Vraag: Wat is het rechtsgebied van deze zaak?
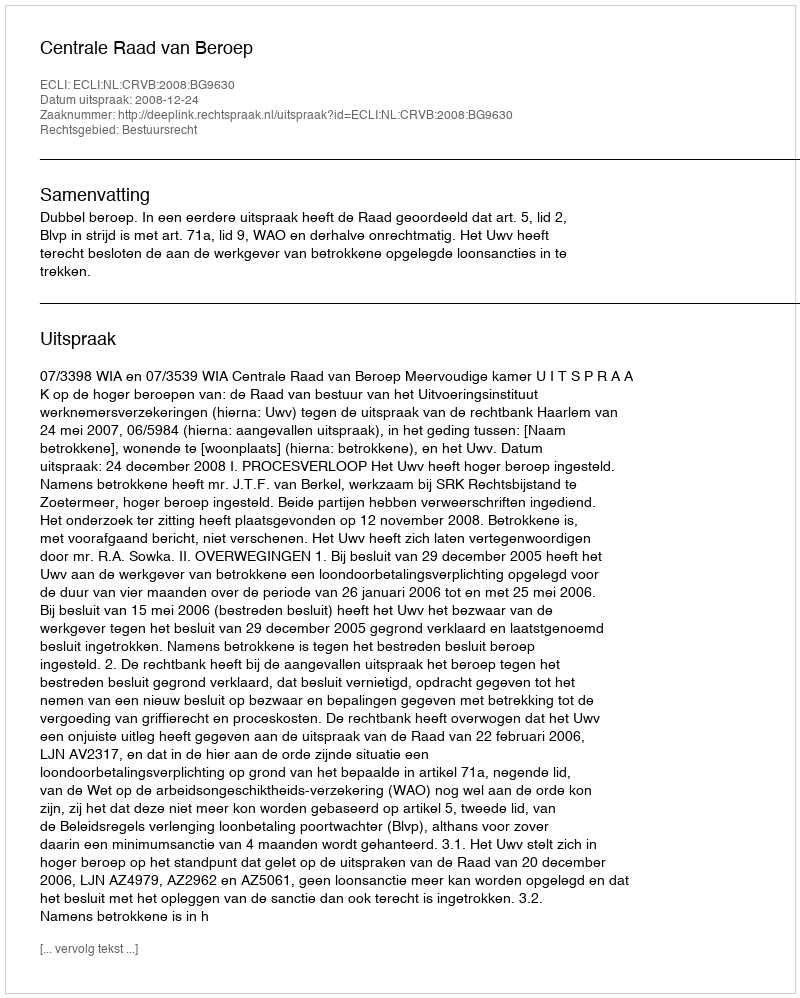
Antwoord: Bestuursrecht